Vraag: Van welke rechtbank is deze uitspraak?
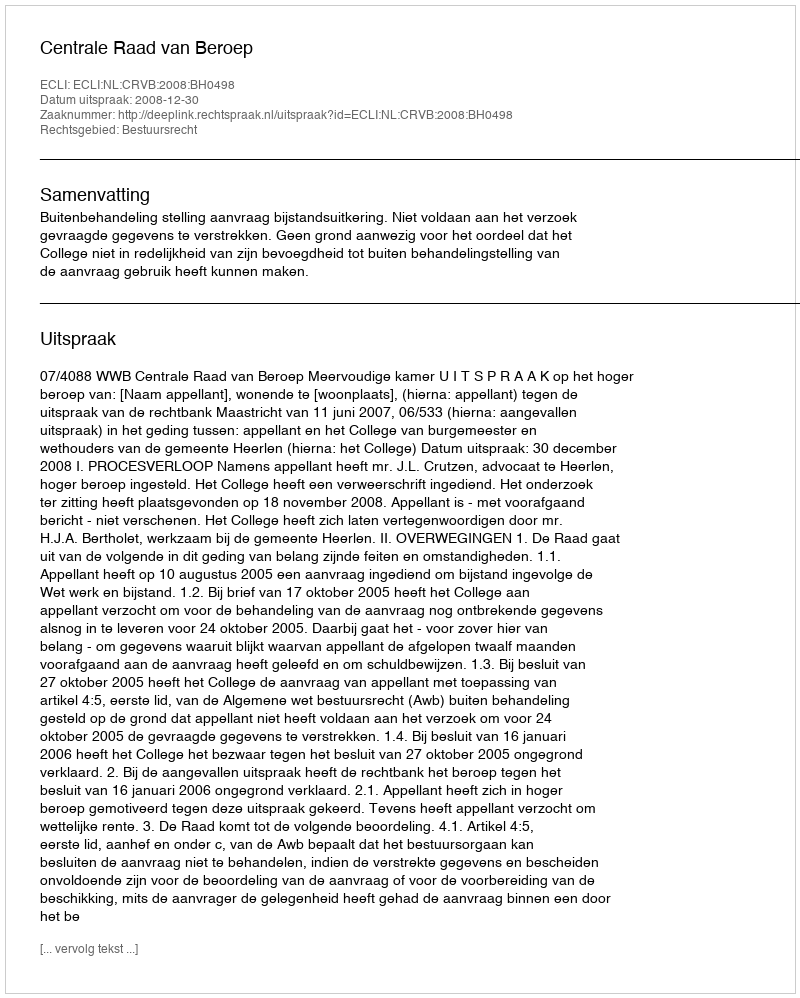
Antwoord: Centrale Raad van Beroep